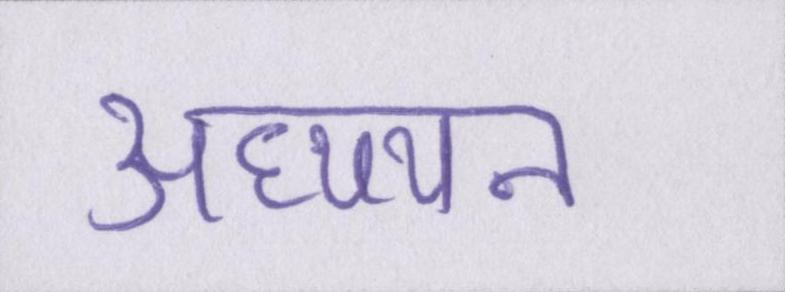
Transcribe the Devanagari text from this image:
अध्य्यन